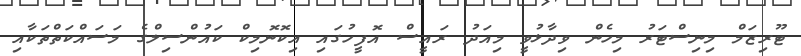
ޓޫރިޒަމް މިނިސްޓަރު މިހެން ވިދާޅުވީ މިއަދު ރައީސް އޮފީހުގައި އިކޮނޮމިކް ކައުންސިލްގެ މަސައްކަތްތަކާއި